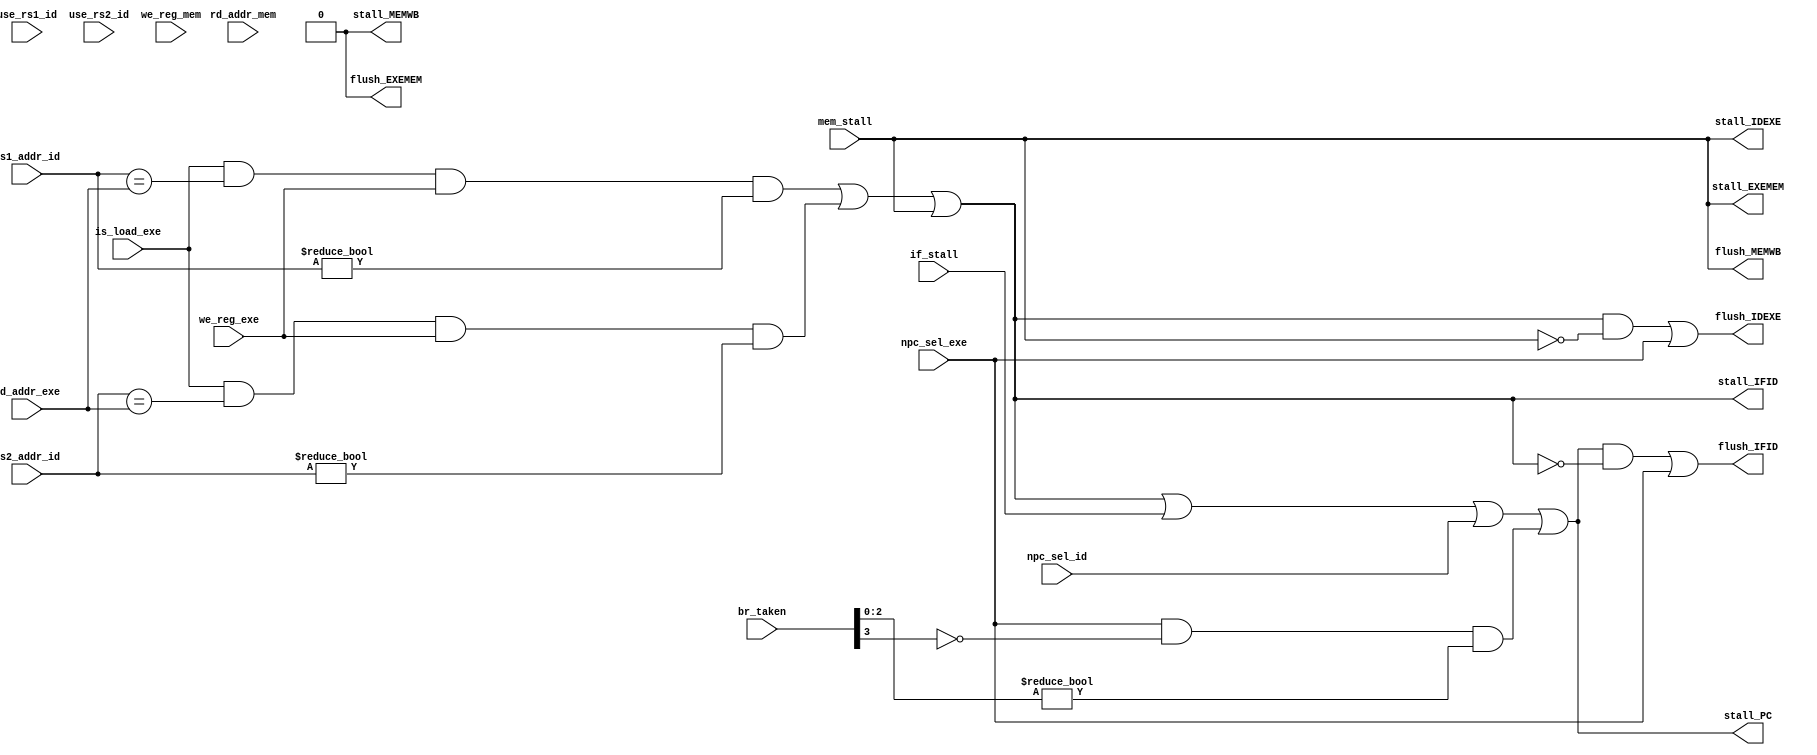
module RaceController(
    input is_load_exe,
    input [4:0]rs1_addr_id,
    input [4:0]rs2_addr_id,
    input use_rs1_id,
    input use_rs2_id,
    input [4:0]rd_addr_exe,
    input [4:0]rd_addr_mem,
    input we_reg_exe,
    input we_reg_mem,
    input npc_sel_id,
    input npc_sel_exe,
    input [3:0]br_taken,

    input if_stall,       //stall
    input mem_stall, 

    output wire stall_PC,
    output wire stall_IFID,
    output wire stall_IDEXE,
    output wire stall_EXEMEM,
    output wire stall_MEMWB,
    output wire flush_IFID,
    output wire flush_IDEXE,
    output wire flush_EXEMEM,
    output wire flush_MEMWB
);
//    assign stall_IFID = (rs1_addr_id == rd_addr_exe & we_reg_exe & rs1_addr_id != 0 & use_rs1_id) | (rs2_addr_id == rd_addr_exe & we_reg_exe & rs2_addr_id != 0 & use_rs2_id) | (rs1_addr_id == rd_addr_mem & we_reg_mem & rs1_addr_id != 0 & use_rs1_id) | (rs2_addr_id == rd_addr_mem & we_reg_mem & rs2_addr_id != 0 & use_rs2_id); 
    assign stall_IFID = (is_load_exe == 1 & rs1_addr_id == rd_addr_exe & we_reg_exe & rs1_addr_id != 0) | (is_load_exe == 1 & rs2_addr_id == rd_addr_exe & we_reg_exe & rs2_addr_id != 0) | stall_IDEXE;
    assign stall_PC = stall_IFID | if_stall | npc_sel_id | (npc_sel_exe & ~br_taken[3] & (br_taken[2:0] != 3'b000));//stallpcnpcpcpc+4
    assign stall_IDEXE = stall_EXEMEM;
    assign stall_EXEMEM = mem_stall;
    assign stall_MEMWB = 0;
    assign flush_IFID = (stall_PC & ~stall_IFID) | npc_sel_exe;
    assign flush_IDEXE = (stall_IFID & ~stall_IDEXE) | npc_sel_exe;
    assign flush_EXEMEM = stall_IDEXE & ~stall_EXEMEM;
    assign flush_MEMWB = stall_EXEMEM & ~stall_MEMWB;
endmodule